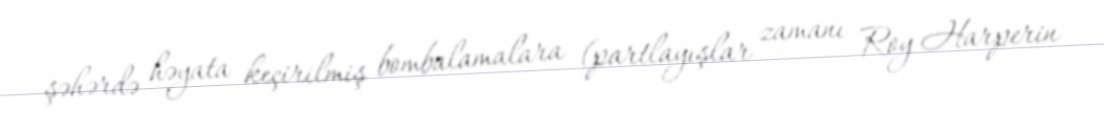
şəhərdə həyata keçirilmiş bombalamalara (partlayışlar zamanı Roy Harperin